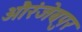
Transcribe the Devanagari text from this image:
औरंजेबपुर